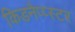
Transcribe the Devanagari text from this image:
किडनैप्प्स्टर